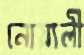
নোয়ালী